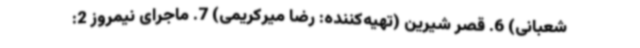
شعبانی) 6. قصر شیرین (تهیه‌کننده: رضا میرکریمی) 7. ماجرای نیمروز 2: